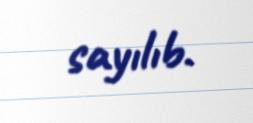
sayılıb.